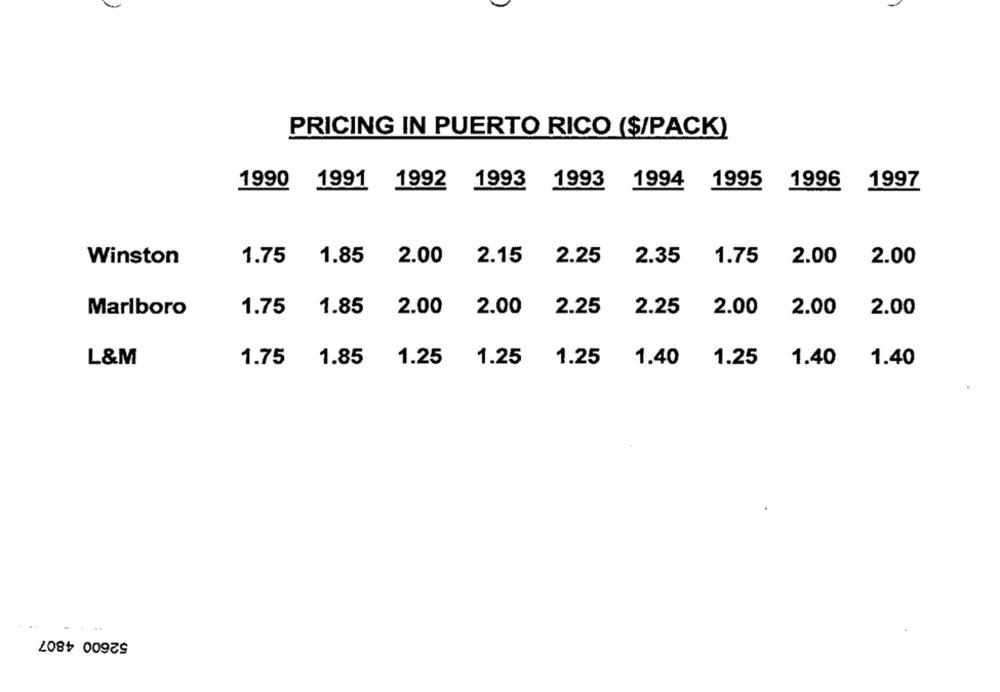
PRICING IN PUERTO RICO ($/PACK)
1990
1992
1993
1993
1994
1995
1996
1997
1991
Winston
1.75
1.85
2.00
2.15
2.25
2.35
1.75
2.00
2.00
Marlboro
1.75
1.85
2.00
2.00
2.25
2.25
2.00
2.00
2.00
1.25
L&M
1.75
1.85
1.25
1.25
1.40
1.25
1.40
1.40
52600 4807